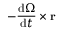
- { \frac { \mathrm { d } { \boldsymbol { \Omega } } } { \mathrm { d } t } } \times \mathbf { r }